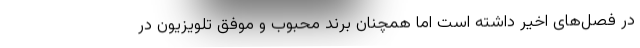
در فصل‌های اخیر داشته است اما همچنان برند محبوب و موفق تلویزیون در